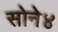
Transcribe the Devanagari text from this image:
सोने४